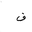
Letter: _fa